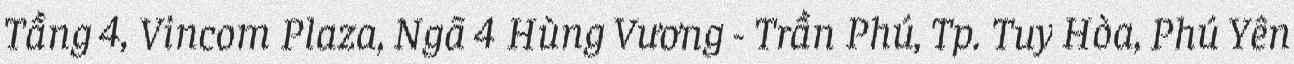
Tầng 4, Vincom Plaza, Ngã 4 Hùng Vương - Trần Phú, Tp. Tuy Hòa, Phú Yên